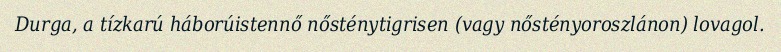
Durga, a tízkarú háborúistennő nősténytigrisen (vagy nőstényoroszlánon) lovagol.